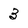
Character: 3